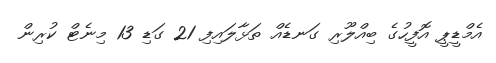
އެމްޑީޕީ އޮފީހުގެ ބިއްލޫރި ގަނޑެއް ތަޅާލައިފި 21 ގަޑި 13 މިނެޓް ކުރިން